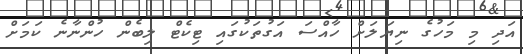
އަދި މި މަހުގެ ނިޔަލަށް ހާއްސަ އަގުތަކުގައި ޓިކެޓް ލިބެން ހުންނާނެ ކަމަށް